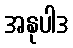
အနုပါဒ